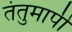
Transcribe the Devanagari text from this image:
तंतुमापी